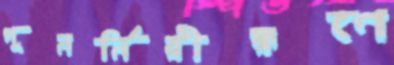
পুনর্নিরীক্ষণে